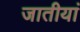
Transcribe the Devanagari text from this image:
जातीयां